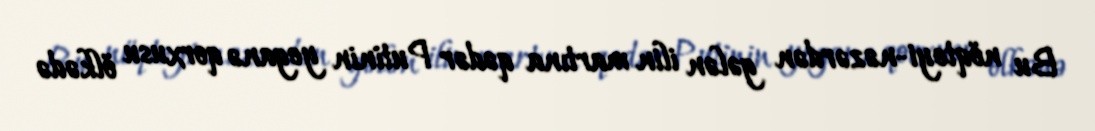
Bu nöqteyi-nəzərdən gələn ilin martına qədər Putinin yeganə qorxusu ölkədə